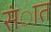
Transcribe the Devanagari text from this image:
संात